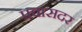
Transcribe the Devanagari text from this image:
प्रवासदर